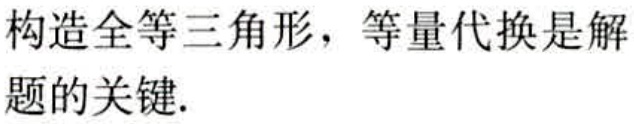
构造全等三角形，等量代换是解题的关键.